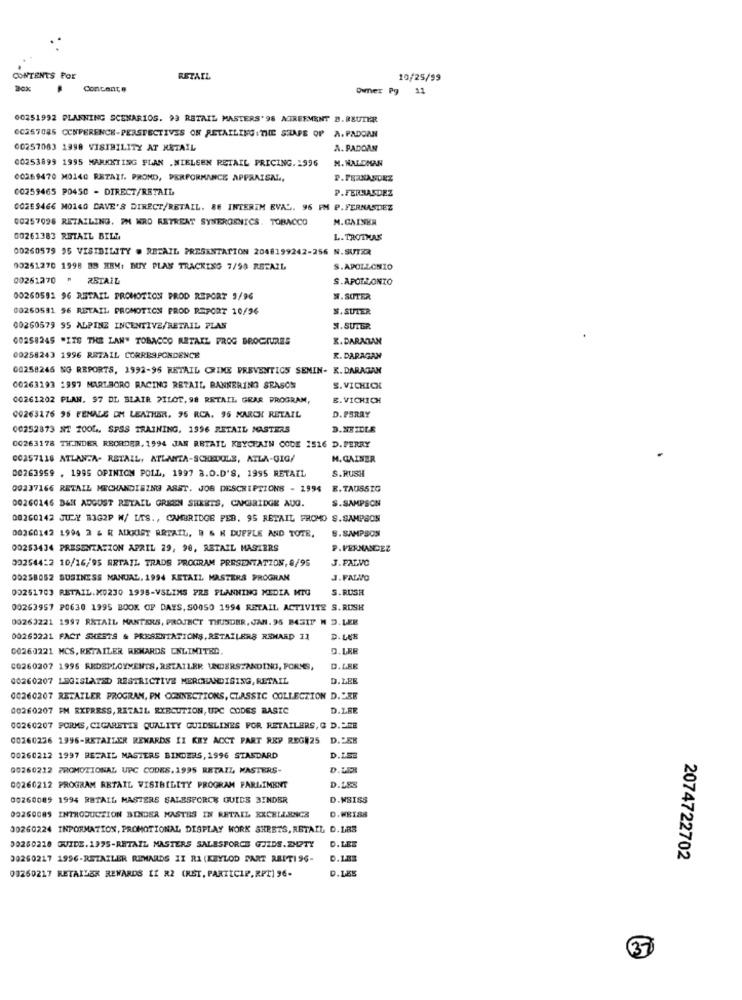
CONTENTS POE
RETAIL
10/25/99
Contante
Owner Pg
11
00251992 PLANNING SCENARIOS. 93 RETAIL MASTERS' 98 MTREFMENT B.REUTER
00257085 CONFERENCE-PERSPECTIVES OF RETAILING : THE SHAPE OF A. PADOAN
00257083 1998 VISIBILITY AT RETAIL
A. PADOAN
00253899 1995 MARKETING PLAN .NIELSEN RETAIL PRICING.1996
M. HALLMAN
00269470 M0140 RETAIL. PROND, PERFORMANCE APPRAISAL .,
P.FERNANDEZ
00259465 P0450 - DIRECT/RETAIL
00259466 M0140 DAVE'S DIRECT/RETAIL. 86 INTERIM EVAL. 96 FM P.FERNANDEZ
00257098 RETAILING. PH KRO RETREAT SYNERORNICS. TOBACCO
M.GAINER
00261383 RETAIL BILL
L. TROTHAK
00260579 95 VISIBILITY . RETAIL PRESENTATION 2048199242-256 N.SUTER
03251270 1998 BB KEM: MUY PLAN TRACKING 7/98 RETAIL
S.APOLLONIO
00261270 "
RSTAIL
S. APOLLONIO
00260591 96 RETAIL PROMOTION PROD REPORT 9/96
W. SUTER
00260591 96 RETAIL PROMOTION FROD REPORT 10/96
S. SUTER
00260579 95 ALPINZ INCENTIVE/RETAIL PLAS
W.SUTER.
00258245 "ITS THE LAN" TOBACCO RETAIL PROG BROCHURES
X.DARALAN
00258243 1996 RETAIL CORRESPONDENCE
R. DARAGAN
00258246 NG REPORTS, 1992-96 RETAIL CRIME PREVENTION SENIN- K. DARAGAN
00263193 1997 MARLBORO RACING RETAIL BANNERING SEASON
S. VICHICK
00261202 PLAN. 97 DL BLAIR PILOT, 98 RETAIL GRAR PROGRAM,
E. VICHICH
D. PERRY
00263176 96 FEMALE DM LEATHER. 96 RCA. 96 MARCH RETAIL
00252873 ST 1004. SPSS TRAINING, 1996 RETAIL MASTERS
3. NETCLR
00263178 THINDER RECRDER, 1994 JAN RETAIL KEYCHAIN CODE 1516 D. PERRY
00257116 ATLANTA- RETAIL, ATLANTA-SCHEDULE, ATLA-GIG/
M. GAINER
S.RUSH
00263959 . 1995 OPINION POLL, 1997 8.0.D'S, 1995 RETAIL
00237166 RETAIL MECHANDISING ASST. JOB DESCRIPTIONS - 1994 B.TAUSSIG
S.SAMPSON
00260146 BEN ADGUST RETAIL GREEN SHEETS, CNGRIDGE AUG.
00260142 JULY B3G2P W/ LTS ., CAMBRIDGE FEB. 95 RETAIL FROMO S.SAMPSON
00260142 1994 2 & R ADOKIST RETAIL, B & K DUFFLE AND TOTR.
S.SAMPSON
00253434 PRESENTATION APRIL 29, 90, RETAIL MASTERS
P.FERNANDEZ
002544:2 10/16/95 ERTAIL TRADS PROGRAM PRESENTATION, 8/95
J.FALVO
00258052 BUSINESS MANUAL. 1994 RETAIL MASTERS PROGRAM
J.FALNO
00251703 RETAIL.KO230 1995-VSLIMS PRE PLANNING MEDIA MTG
S.RUSH
00263957 P0638 1995 BOOK OF DAYS, 500SO 1994 RETAIL ACTIVITE S.RUSH
00263221 1997 RETAIL MANTERS, PROJECT THUNDER, JAN. 95 BASIT N D. LEE
00265221 FACT SHEETS & PRESENTATIONS, RETAILERS RENARD 11
D.LEE
00260221 MCS, RETAILER RENARDS UNLIMITED.
D.LRE
CO260207 1995 REDEPLOYMENTS, RETAILER UNDERSTANDING, PORNS,
D.LRE
00260207 LEGISLATED RESTRICTIVE MERCHANDISING, RETAIL
D.LEE
00260207 RETAILER PROGRAM, PH CONNECTIONS, CLASSIC COLLECTION D."EE
00260207 FM EXPRESS, RETAIL EXECUTION, UPC CODES RASTC
D.LEE
00260207 FORMS, CIGARETTE QUALITY GUIDELINES FOR RETAILERS, C D. P.DE
00260276 1996-RETAILER REWARDS II KRY ACCT PART REP REGNZS D.LEK
00260212 1997 RETAIL MASTERS BINDERS, 1996 STANDARD
D.LSS
00260212 PROMOTIONAL UPC CODES.1995 RETAIL MASTERS-
00260212 PROGRAM RETAIL VISIBILITY PROGRAM PARLIMENT
D.LES
00260089 1994 RETAIL MASTERS SALESFORCE GUICS 3INDER
D.NSISS
09260089 INTRODUCTION BINDER MASTES IN RETAIL EXCELLENCE
D.WEIS8
30260224 INFORMATION, PROMOTIONAL DISPLAY WORK SHEETS, RETAIL D.LES
30260218 GUIDE.1975-RETAIL MASTERS SALESFORCE GIZDS.2HPTY
D.LES
90260217 1996-RETAILER RIMMARDS IX RI (KEYLOD PART REIT1 96-
D.LES
2074722702
D.LES
08250217 RETAILER REWARDS II R2 (RET, PARTICIP. RPT) 96-
37